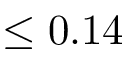
\leq 0 . 1 4